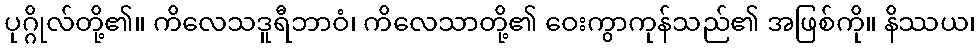
ပုဂ္ဂိုလ်တို့၏။ ကိလေသဒူရီဘာဝံ၊ ကိလေသာတို့၏ ဝေးကွာကုန်သည်၏ အဖြစ်ကို။ နိဿယ၊